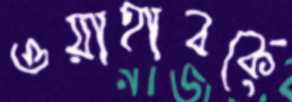
ওয়াহাবকে